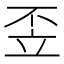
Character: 𱷣